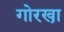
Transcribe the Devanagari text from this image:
गोरखा़